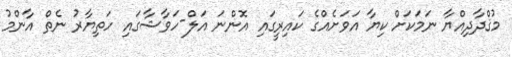
މުޤްދާދިއްޔާ ނަމަކަށް ކިޔާ އަވަށެއްގެ ކައިރީގައި އޮންނަ އަލް-ހަވާޝާގައި ހަތިޔާރު ނެތް އާންމު